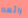
رائعه